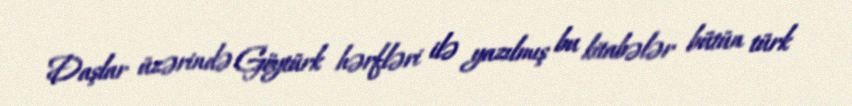
Daşlar üzərində Göytürk hərfləri ilə yazılmış bu kitabələr bütün türk